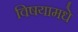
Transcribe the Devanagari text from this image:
विषयामधे